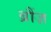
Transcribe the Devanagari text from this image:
ब्रौंज़